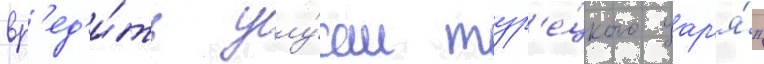
вр'ед'и́ть улу́сам тур'е́цкого цар'я́"